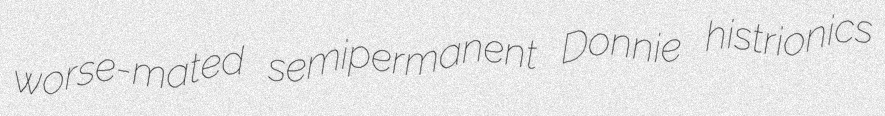
worse-mated semipermanent Donnie histrionics